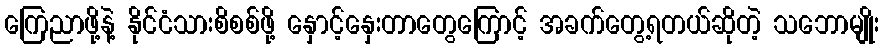
ကြေညာဖို့နဲ့ နိုင်ငံသားစိစစ်ဖို့ နှောင့်နှေးတာတွေကြောင့် အခက်တွေ့ရတယ်ဆိုတဲ့ သဘောမျိုး